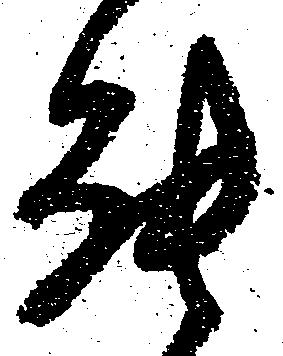
能